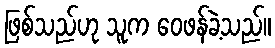
ဖြစ်သည်ဟု သူက ဝေဖန်ခဲ့သည်။